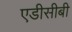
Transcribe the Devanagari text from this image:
एडीसीबी